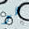
هو